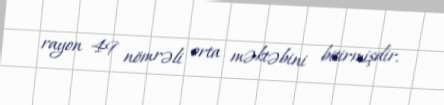
rayon 49 nömrəli orta məktəbini bitirmişdir.